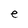
Character: e